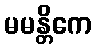
မမန္တိကေ